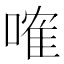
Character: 𠻓